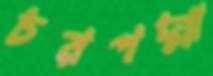
চরপদ্মা